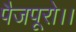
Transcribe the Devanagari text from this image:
पैजपूरो।।